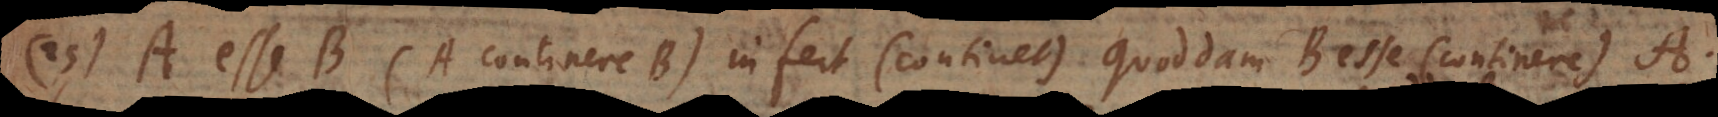
25) A esse B (A continere B) infert (continet) quoddam B esse (continere) A.